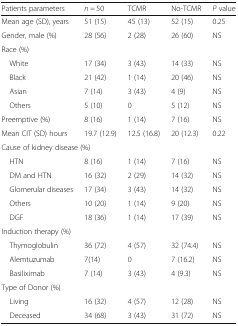
| Patients parameters | n = 50 | TCMR | No-TCMR | P value |
 | --- | --- | --- | --- | --- |
 | Mean age (SD), years | 51 (15) | 45 (13) | 52 (15) | 0.25 |
 | Gender, male (%) | 28 (56) | 2 (28) | 26 (60) | NS |
 | <COLSPAN=5> Race (%) |
 | White | 17 (34) | 3 (43) | 14 (33) | NS |
 | Black | 21 (42) | 1 (14) | 20 (46) | NS |
 | Asian | 7 (14) | 3 (43) | 4 (9) | NS |
 | Others | 5 (10) | 0 | 5 (12) | NS |
 | Preemptive (%) | 8 (16) | 1 (14) | 7 (16) | NS |
 | Mean CIT (SD) hours | 19.7 (12.9) | 12.5 (16.8) | 20 (12.3) | 0.22 |
 | <COLSPAN=5> Cause of kidney disease (%) |
 | HTN | 8 (16) | 1 (14) | 7 (16) | NS |
 | DM and HTN | 16 (32) | 2 (29) | 14 (32) | NS |
 | Glomerular diseases | 17 (34) | 3 (43) | 14 (32) | NS |
 | Others | 10 (20) | 1 (14) | 9 (20) | NS |
 | DGF | 18 (36) | 1 (14) | 17 (39) | NS |
 | <COLSPAN=5> Induction therapy (%) |
 | Thymoglobulin | 36 (72) | 4 (57) | 32 (74.4) | NS |
 | Alemtuzumab | 7(14) | 0 | 7 (16.2) | NS |
 | Basiliximab | 7 (14) | 3 (43) | 4 (9.3) | NS |
 | Type of Donor (%) |  |  |  |  |
 | Living | 16 (32) | 4 (57) | 12 (28) | NS |
 | Deceased | 34 (68) | 3 (43) | 31 (72) | NS |